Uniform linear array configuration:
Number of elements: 16
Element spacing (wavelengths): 0.25
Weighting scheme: uniform
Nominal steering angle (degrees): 45
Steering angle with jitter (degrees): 43.412
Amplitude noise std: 0.05
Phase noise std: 0.05

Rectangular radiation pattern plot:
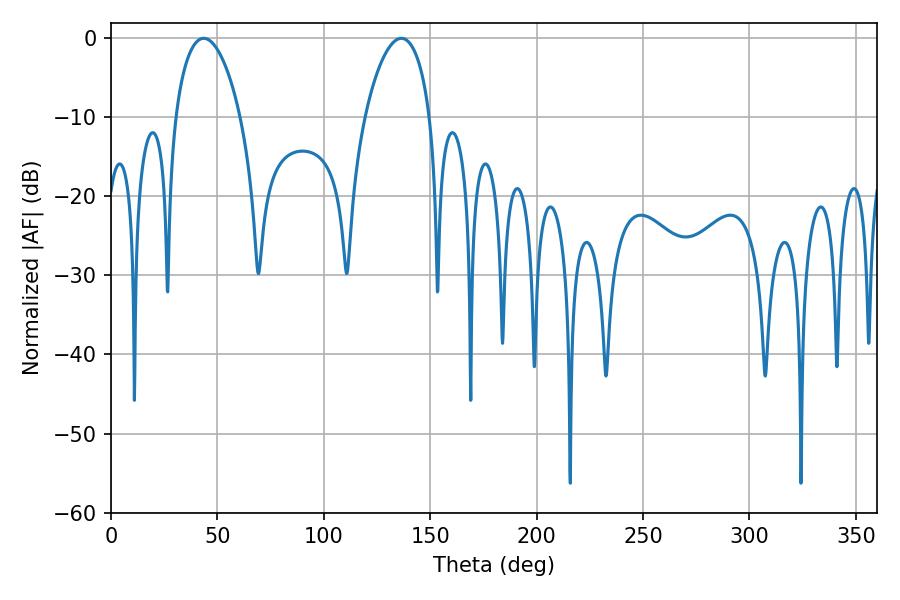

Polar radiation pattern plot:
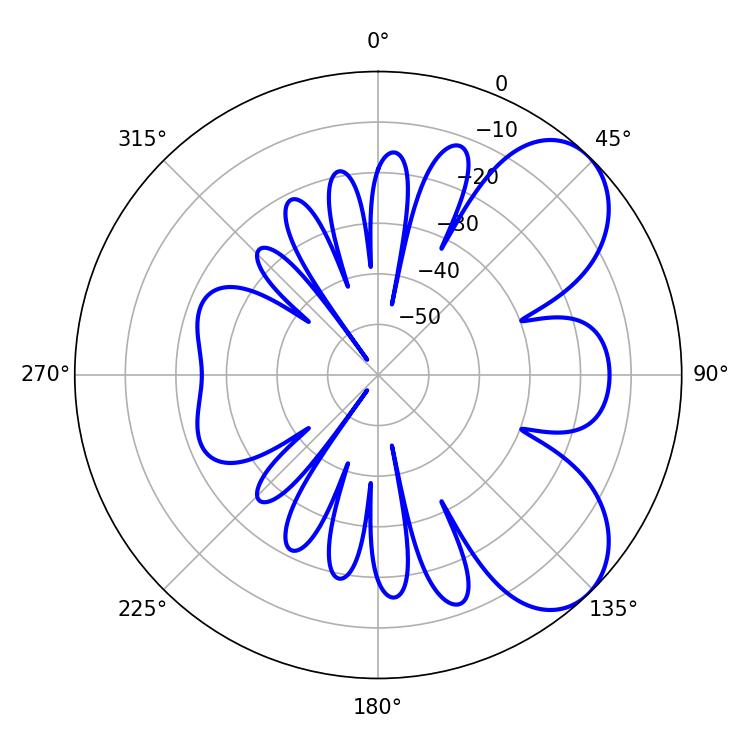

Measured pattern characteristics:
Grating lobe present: FALSE
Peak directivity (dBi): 6.407
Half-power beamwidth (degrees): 17.28
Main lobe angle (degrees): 43.56